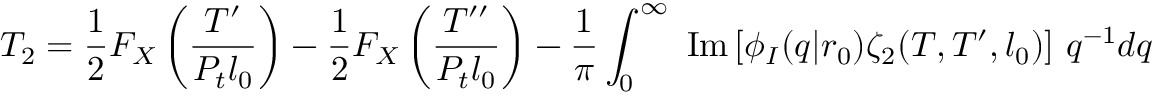
T _ { 2 } = \frac { 1 } { 2 } F _ { X } \left( \frac { T ^ { \prime } } { P _ { t } l _ { 0 } } \right) - \frac { 1 } { 2 } F _ { X } \left( \frac { T ^ { \prime \prime } } { P _ { t } l _ { 0 } } \right) - \frac { 1 } { \pi } \int _ { 0 } ^ { \infty } \mathrm { \normalfont ~ I m } \left[ \phi _ { I } ( q | r _ { 0 } ) \zeta _ { 2 } ( T , T ^ { \prime } , l _ { 0 } ) \right] \, q ^ { - 1 } d q